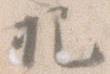
把